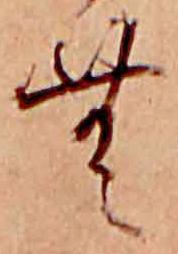
む